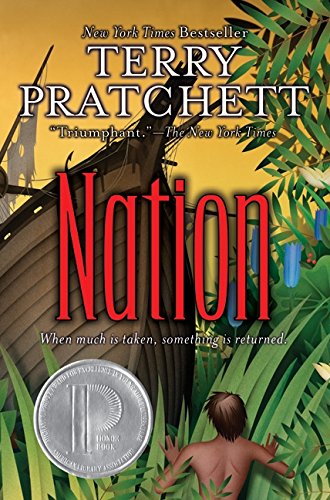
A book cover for Nation; Terry Pratchett; Teen & Young Adult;